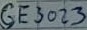
Text: GE3023